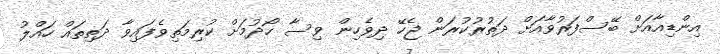
އިންޑިއާއަށް ބޭސްފަރުވާއަށް ދަތުރުކުރަން ޖެހޭ ދިވެހިން ވިސާ ހޯދުމަށް ކުރިމަތިވެފައިވާ ދަތިތައް ހައްލު